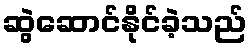
ဆွဲဆောင်နိုင်ခဲ့သည်